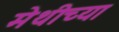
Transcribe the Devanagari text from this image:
मेथीच्या